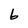
Character: b